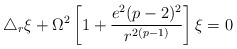
\begin{align*}\triangle_r\xi + \Omega^2\left[1+\frac{e^2(p-2)^2}{r^{2(p-1)}}\right]\xi = 0\end{align*}